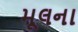
મૂલના